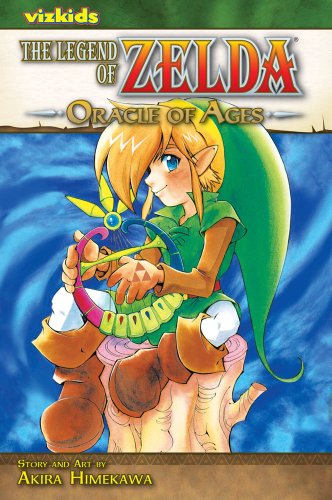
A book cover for The Legend of Zelda, Vol. 5: Oracle of Ages; Akira Himekawa; Comics & Graphic Novels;